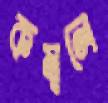
কম্বলে